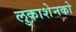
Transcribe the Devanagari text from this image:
लुकाशेनको